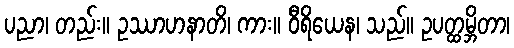
ပညာ၊ တည်း။ ဥဿာဟနာတိ၊ ကား။ ဝီရိယေန၊ သည်။ ဥပတ္ထမ္ဘိတာ၊